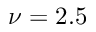
\nu = 2 . 5